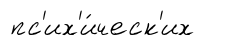
пс'их'и́ческ'их